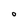
Character: O